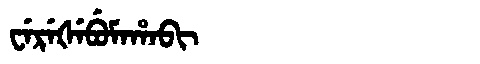
Manchu: ᠸᡝᡵᡝᡧᡝᠪᡠᠮᠠᡥᠠᠪᡳ
Romanization: WEREŠEBUMAHABI